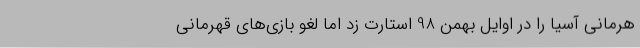
هرمانی آسیا را در اوایل بهمن 98 استارت زد اما لغو بازی‌های قهرمانی